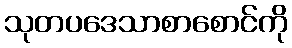
သုတပဒေသာစာစောင်ကို